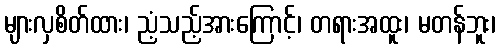
များလှစိတ်ထား၊ ညံ့သည့်အားကြောင့်၊ တရားအထူး၊ မတန်ဘူး၊